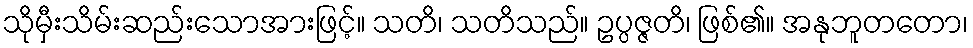
သိုမှီးသိမ်းဆည်းသောအားဖြင့်။ သတိ၊ သတိသည်။ ဥပ္ပဇ္ဇတိ၊ ဖြစ်၏။ အနုဘူတတော၊